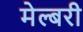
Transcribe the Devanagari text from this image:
मेल्बरी